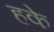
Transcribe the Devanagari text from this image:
हके